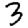
Digit: 3